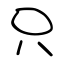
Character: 只